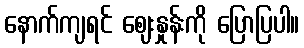
နောက်ကျရင် ဈေးနှုန်းကို ပြောပြပါ။